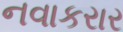
નવાકરાર